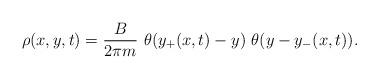
LaTeX: \begin{align*}\rho(x, y, t) = {B \over 2 \pi m}\ \theta (y_+ (x, t) - y) \ \theta(y - y_-(x, t)).\end{align*}